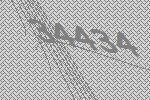
34434